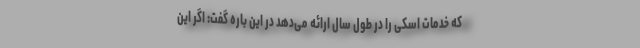
که خدمات اسکی را در طول سال ارائه می‌دهد در این باره گفت: اگر این